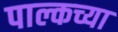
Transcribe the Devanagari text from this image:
पाल्कच्या